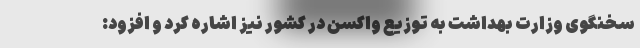
سخنگوی وزارت بهداشت به توزیع واکسن در کشور نیز اشاره کرد و افزود: